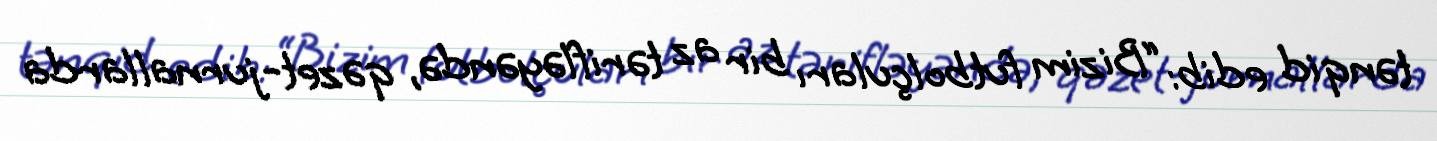
tənqid edib: “Bizim futbolçuları bir az tərifləyəndə, qəzet-jurnallarda